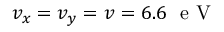
v _ { x } = v _ { y } = v = 6 . 6 \ \mathrm { ~ e ~ V ~ }